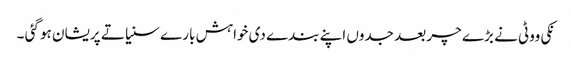
نکی ووٹی نے بڑے چر بعد جدوں اپنے بندے دی خواہش بارے سنیا تے پریشان ہو گئی ۔